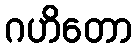
ဂဟိတော